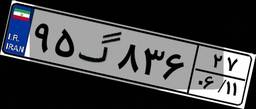
۹۵گ۸۳۶۲۷